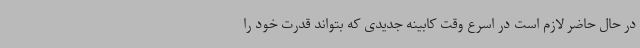
در حال حاضر لازم است در اسرع وقت کابینه جدیدی که بتواند قدرت خود را